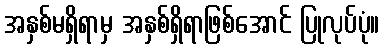
အနှစ်မရှိရာမှ အနှစ်ရှိရာဖြစ်အောင် ပြုလုပ်ပုံ။